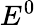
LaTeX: E^{0}